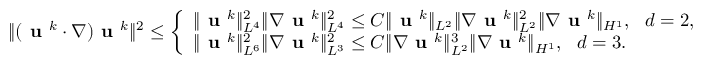
\aligned \| ( \textbf { u } ^ { k } \cdot \nabla ) \textbf { u } ^ { k } \| ^ { 2 } \leq \left\{ \begin{array} { l l } { \| \textbf { u } ^ { k } \| _ { L ^ { 4 } } ^ { 2 } \| \nabla \textbf { u } ^ { k } \| _ { L ^ { 4 } } ^ { 2 } \leq C \| \textbf { u } ^ { k } \| _ { L ^ { 2 } } \| \nabla \textbf { u } ^ { k } \| _ { L ^ { 2 } } ^ { 2 } \| \nabla \textbf { u } ^ { k } \| _ { H ^ { 1 } } , \ \ d = 2 , } \\ { \| \textbf { u } ^ { k } \| _ { L ^ { 6 } } ^ { 2 } \| \nabla \textbf { u } ^ { k } \| _ { L ^ { 3 } } ^ { 2 } \leq C \| \nabla \textbf { u } ^ { k } \| _ { L ^ { 2 } } ^ { 3 } \| \nabla \textbf { u } ^ { k } \| _ { H ^ { 1 } } , \ \ d = 3 . } \end{array} \right. \endaligned